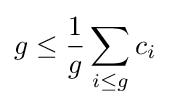
g\leq {\frac {1}{g}}\sum _{i\leq g}c_{i}